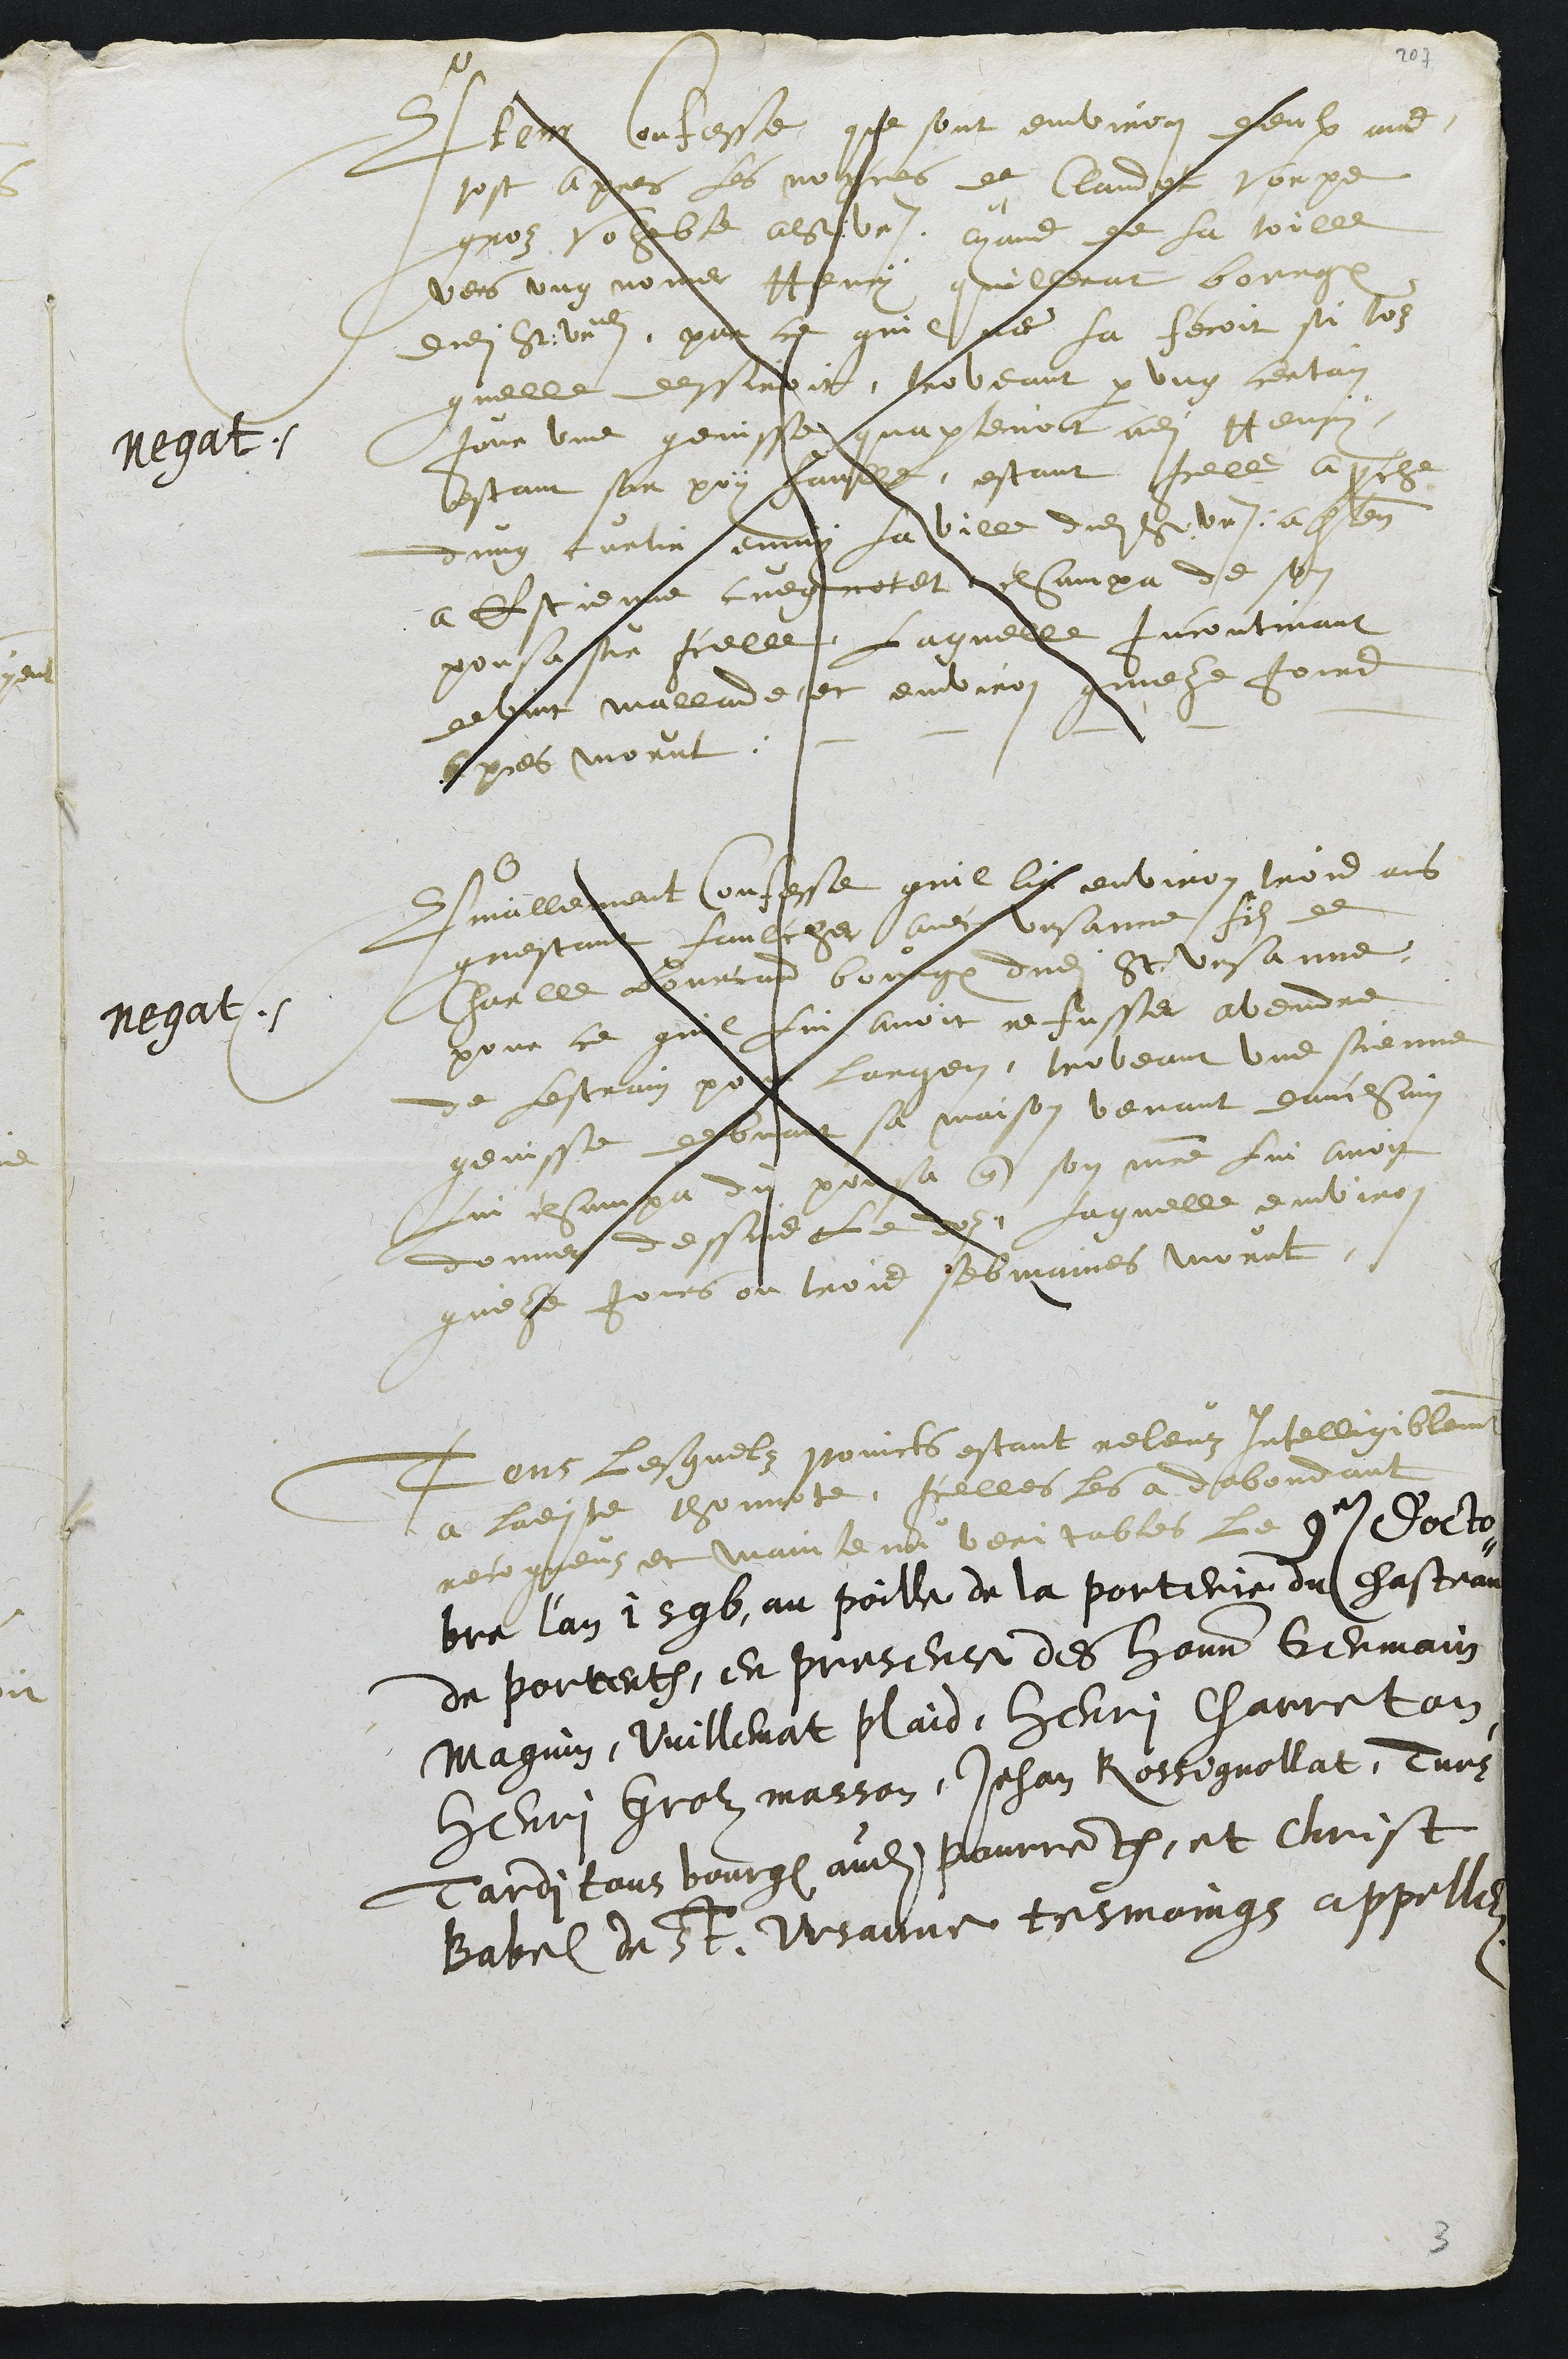
Negat.
Item confesse que sont environ deulx ans
tost apres les nopces de Claudot Vorpe
groz voeble a St: Ursanne, ayans de la toille
vers ung nomer Henry quillerat bourgeois
dudit St Ursanne, par ce quil ne la fecoit si toz
quelle dessiroit, troveant par ung certain
jour une genisse quapartenoit audit Henry,
estant sur poy faulle, estant Icelle aproche
dung curtir emmy la ville dudit St Ursanne, apartenant
a Estienne cuegnotet, champa de son
pousa sur icelle. Laquelle incontinant
devint mallade et environ quinze jours
apres morut.
negat.
Finallement confesse quil lia environ trois ans
questant faulcher avec Ursanne, filz de
Charlle Bourcard bourgeois dudit St Ursanne,
pour ce quil lui avoit refusser avendre
de lestrain pour largen, troveant une sienne
genisse debvant sa maison venant dauchain
lui champa du pousa que son maitre lui avoit
donner dessus le doz, Laquelle environ
quinze jours ou trois sebmaines morut
Tous lesquelz poincts estant releuz intelligiblement
a ladite thonotte, Icelles les a dabondant
recogneuz et maintenu veritables Le 9e d'octo¬
bre l'an 1596, au poille de la porterie du chasteau
de porrentruy, en presence des honnetes Germain
Magnin, Vuillemat plaid, Henry Charreton,
Henri Grolz masson, Jehan Rossignollat, Turs
Tardi tous bourgeois audit Pourrentruy, et Christ
Babel de St. Ursanne tesmoings appellez

3